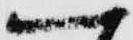
へ